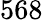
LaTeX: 568